Causation and prevention of malarial fevers: a statement of the results of researches drawn up for the use of assistant surgeons, hospital assistants and students
Disease focus: Malaria
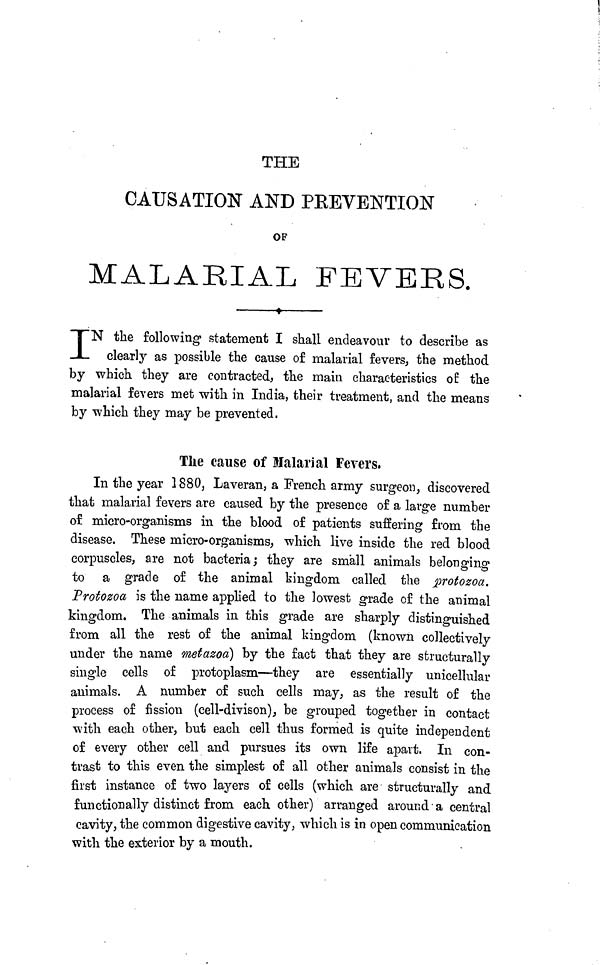
THE
CAUSATION AND PREVENTION
OF
MALARIAL FEVERS.
I N the following statement I shall endeavour to describe as
clearly as possible the cause of malarial fevers, the method
by which they are contracted, the main characteristics of the
malarial fevers met with in India, their treatment, and the means
by which they may be prevented,
The cause of Malarial Fevers.
In the year 1880, Laveran, a French army surgeon, discovered
that malarial fevers are caused by the presence of a large number
of micro-organisms in the blood of patients suffering from the
disease. These micro-organisms, which live inside the red blood
corpuscles, are not bacteria; they are small animals belonging
to a grade of the animal kingdom called the protozoa.
Protozoa is the name applied to the lowest grade of the animal
kingdom. The animals in this grade are sharply distinguished
from all the rest of the animal kingdom (known collectively
under the name metazoa) by the fact that they are structurally
single cells of protoplasm—they are essentially unicellular
animals. A number of such cells may, as the result of the
process of fission (cell-divison), be grouped together in contact
with each other, but each cell thus formed is quite independent
of every other cell and pursues its own life apart. In con-
trast to this even the simplest of all other animals consist in the
first instance of two layers of cells (which are structurally and
functionally distinct from each other) arranged around a central
cavity, the common digestive cavity, which is in open communication
with the exterior by a mouth.